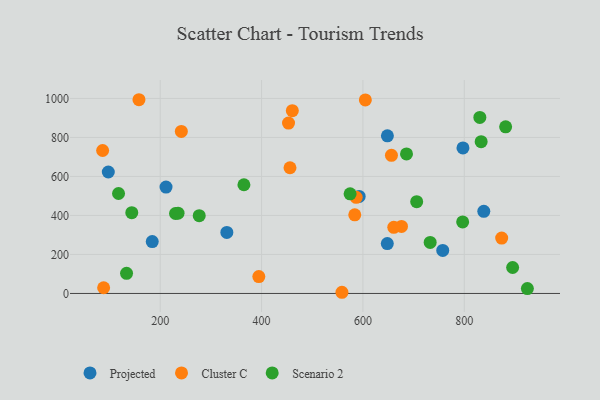
{"axis": {"x": "Study Hours", "y": "Yield"}, "legend": ["Cluster C", "Projected", "Scenario 2"], "data": [{"x": "97.6", "y": 622.9, "type": "Projected"}, {"x": "331.5", "y": 313.1, "type": "Projected"}, {"x": "757.5", "y": 220.9, "type": "Projected"}, {"x": "797.4", "y": 746.2, "type": "Projected"}, {"x": "592.6", "y": 497.5, "type": "Projected"}, {"x": "184.3", "y": 266.3, "type": "Projected"}, {"x": "211.5", "y": 545.7, "type": "Projected"}, {"x": "648.1", "y": 255.9, "type": "Projected"}, {"x": "838.5", "y": 421.4, "type": "Projected"}, {"x": "648.3", "y": 808.3, "type": "Projected"}, {"x": "583.9", "y": 403.2, "type": "Cluster C"}, {"x": "158.1", "y": 993.5, "type": "Cluster C"}, {"x": "656.3", "y": 708.6, "type": "Cluster C"}, {"x": "88.4", "y": 29.2, "type": "Cluster C"}, {"x": "460.7", "y": 937.4, "type": "Cluster C"}, {"x": "456.1", "y": 644.6, "type": "Cluster C"}, {"x": "453.2", "y": 873.7, "type": "Cluster C"}, {"x": "394.6", "y": 86.7, "type": "Cluster C"}, {"x": "604.8", "y": 992.7, "type": "Cluster C"}, {"x": "676.1", "y": 343.6, "type": "Cluster C"}, {"x": "241.7", "y": 831.1, "type": "Cluster C"}, {"x": "558.6", "y": 6.1, "type": "Cluster C"}, {"x": "873.8", "y": 284.0, "type": "Cluster C"}, {"x": "660.9", "y": 339.2, "type": "Cluster C"}, {"x": "586.7", "y": 493.2, "type": "Cluster C"}, {"x": "86.4", "y": 733.2, "type": "Cluster C"}, {"x": "895.4", "y": 133.2, "type": "Scenario 2"}, {"x": "732.7", "y": 261.9, "type": "Scenario 2"}, {"x": "143.9", "y": 414.5, "type": "Scenario 2"}, {"x": "235.2", "y": 411.9, "type": "Scenario 2"}, {"x": "230.2", "y": 410.0, "type": "Scenario 2"}, {"x": "833.3", "y": 778.4, "type": "Scenario 2"}, {"x": "117.8", "y": 512.6, "type": "Scenario 2"}, {"x": "686.0", "y": 715.4, "type": "Scenario 2"}, {"x": "830.7", "y": 902.5, "type": "Scenario 2"}, {"x": "277.0", "y": 399.1, "type": "Scenario 2"}, {"x": "574.7", "y": 510.9, "type": "Scenario 2"}, {"x": "133.6", "y": 103.4, "type": "Scenario 2"}, {"x": "706.1", "y": 470.6, "type": "Scenario 2"}, {"x": "881.6", "y": 854.3, "type": "Scenario 2"}, {"x": "924.5", "y": 25.1, "type": "Scenario 2"}, {"x": "796.8", "y": 366.9, "type": "Scenario 2"}, {"x": "365.2", "y": 557.4, "type": "Scenario 2"}]}